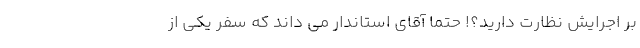
بر اجرایش نظارت دارید؟! حتماً آقای استاندار می داند که سفر یکی از